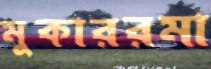
মুকাররমা